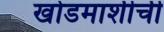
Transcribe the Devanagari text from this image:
खोडमाशीची